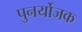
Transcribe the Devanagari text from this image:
पुनर्योजक